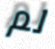
لم